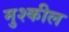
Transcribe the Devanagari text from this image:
मुश्कील